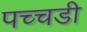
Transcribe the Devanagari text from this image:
पच्चडी